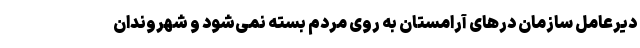
دیرعامل سازمان درهای آرامستان به روی مردم بسته نمی‌شود و شهروندان